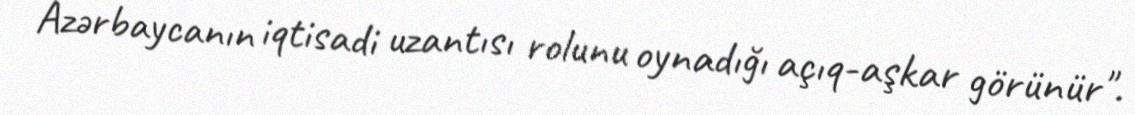
Azərbaycanın iqtisadi uzantısı rolunu oynadığı açıq-aşkar görünür".